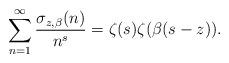
LaTeX: \begin{align*}\sum\limits_{n = 1}^\infty {\frac{{\sigma _{z,\beta }(n)}}{{{n^s}}}} = \zeta (s)\zeta (\beta (s - z)). \end{align*}